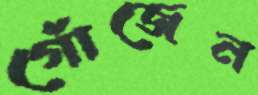
গোঁজেন